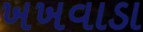
ખખવાડા